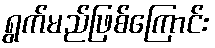
ရွက်မည်ဖြစ်ကြောင်း